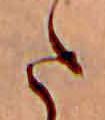
た